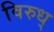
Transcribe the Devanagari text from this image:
विरुध्